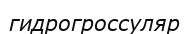
гидрогроссуляр